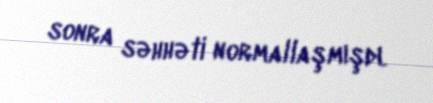
sonra səhhəti normallaşmışdı.